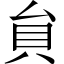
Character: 貟